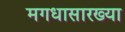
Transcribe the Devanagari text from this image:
मगधासारख्या